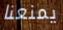
يمنعنا